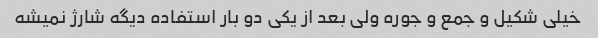
خیلی شکیل و جمع و جوره ولی بعد از یکی دو بار استفاده دیگه شارژ نمیشه